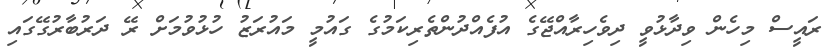
ރައީސް މިހެން ވިދާޅުވީ ދިވެހިރާއްޖޭގެ އުފެއްދުންތެރިކަމުގެ ގައުމީ މައުރަޒު ހުޅުވުމަށް ރޭ ދަރުބާރުގޭގައި